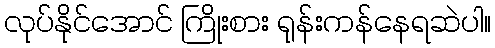
လုပ်နိုင်အောင် ကြိုးစား ရုန်းကန်နေရဆဲပါ။